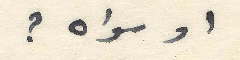
او سواه؟